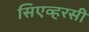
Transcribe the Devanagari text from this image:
सिएव्हरसी